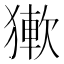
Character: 𤡋